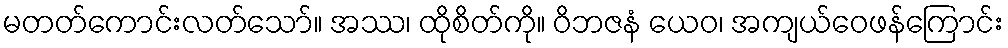
မတတ်ကောင်းလတ်သော်။ အဿ၊ ထိုစိတ်ကို။ ဝိဘဇနံ ယေဝ၊ အကျယ်ဝေဖန်ကြောင်း